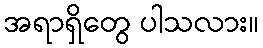
အရာရှိတွေ ပါသလား။